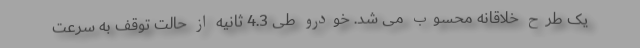
یک طرح خلاقانه محسوب می شد. خودرو طی 4.3 ثانیه از حالت توقف به سرعت